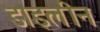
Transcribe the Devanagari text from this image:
डाइलीन